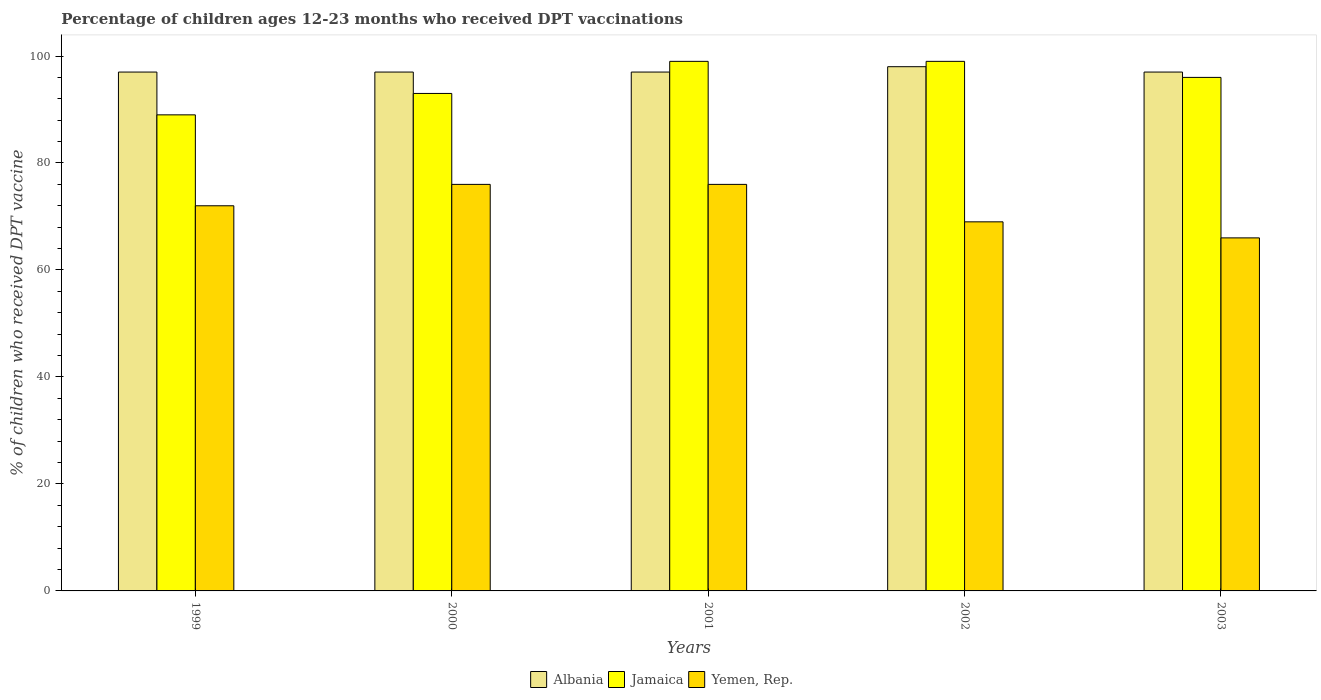
| Years | Albania | Jamaica | Yemen, Rep. |
 | --- | --- | --- | --- |
 | 1999 | 97 | 89 | 72 |
 | 2000 | 97 | 93 | 76 |
 | 2001 | 97 | 99 | 76 |
 | 2002 | 98 | 99 | 69 |
 | 2003 | 97 | 96 | 66 |